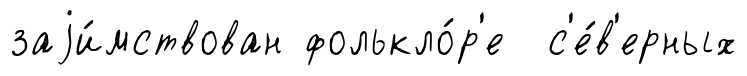
заjи́мствован фолькло́р'е с'е́в'ерных